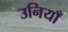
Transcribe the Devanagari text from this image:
उनियाँ